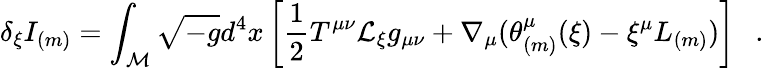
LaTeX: \delta_{\xi}I_{(m)}=\int_{\cal M}\sqrt{-g}d^{4}x\left[\frac 12T^{\mu\nu}{\cal L}_{\xi}g_{\mu\nu}+\nabla_{\mu}(\theta_{(m)}^{\mu}(\xi)-\xi^{\mu}L_{(m)})\right]~~~.